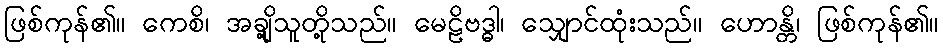
ဖြစ်ကုန်၏။ ကေစိ၊ အချို့သူတို့သည်။ မေဠိဗဒ္ဓါ၊ သျှောင်ထုံးသည်။ ဟောန္တိ၊ ဖြစ်ကုန်၏။